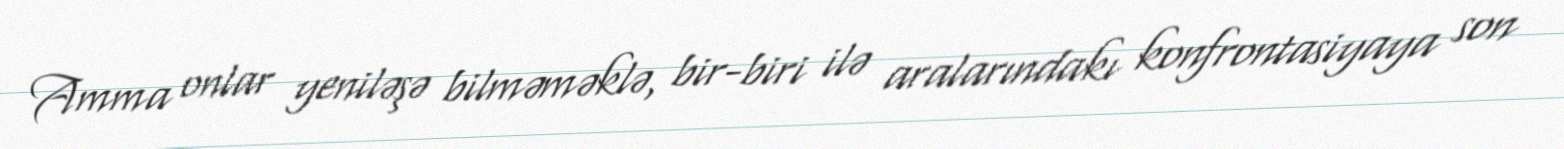
Amma onlar yeniləşə bilməməklə, bir-biri ilə aralarındakı konfrontasiyaya son